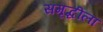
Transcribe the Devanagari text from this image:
समृद्धीला